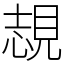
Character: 覟